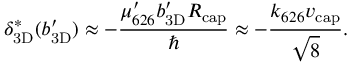
\ensuremath { \delta _ { \mathrm { 3 D } } } ^ { * } ( \ensuremath { b _ { \mathrm { 3 D } } ^ { \prime } } ) \approx - \frac { \mu _ { 6 2 6 } ^ { \prime } \ensuremath { b _ { \mathrm { 3 D } } ^ { \prime } } \ensuremath { R _ { \mathrm { c a p } } } } { \hbar } \approx - \frac { \ensuremath { k _ { 6 2 6 } } \ensuremath { v _ { \mathrm { c a p } } } } { \sqrt { 8 } } .